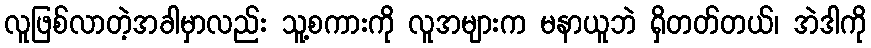
လူဖြစ်လာတဲ့အခါမှာလည်း သူ့စကားကို လူအများက မနာယူဘဲ ရှိတတ်တယ်၊ အဲဒါကို